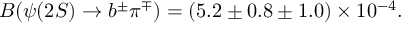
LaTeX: B ( \psi ( 2 S ) \rightarrow b ^ { \pm } \pi ^ { \mp } ) = ( 5 . 2 \pm 0 . 8 \pm 1 . 0 ) \times 1 0 ^ { - 4 } .